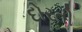
દોરતી